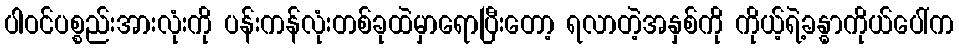
ပါဝင်ပစ္စည်းအားလုံးကို ပန်းကန်လုံးတစ်ခုထဲမှာရောပြီးတော့ ရလာတဲ့အနှစ်ကို ကိုယ့်ရဲ့ခန္ဓာကိုယ်ပေါ်က